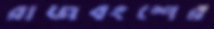
রাজবংশের